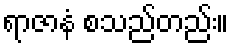
ရာဇာနံ စသည်တည်း။